Annual report of the Punjab Veterinary College and of the Civil Veterinary Department, Punjab - 1909-1919
Year: 1909
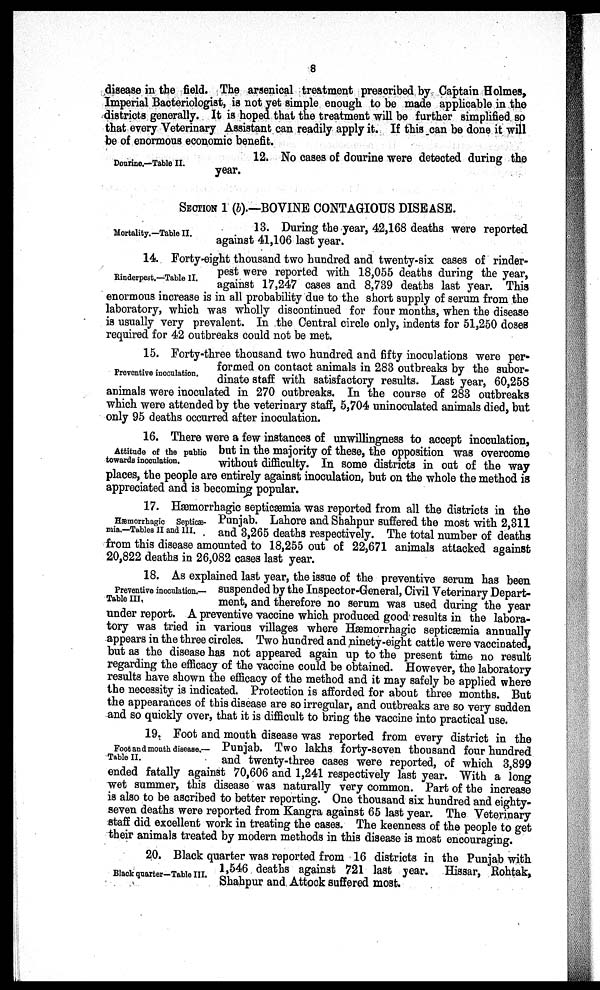
8
disease in the field. The arsenical treatment prescribed by Captain Holmes,
Imperial Bacteriologist, is not yet simple enough to be made applicable in the
districts generally. It is hoped that the treatment will be further simplified so
that every Veterinary Assistant can readily apply it. If this can be done it will
be of enormous economic benefit.
Dourine.—Table II.
12. No cases of dourine were detected during the
year.
SECTION 1 (b).—BOVINE CONTAGIOUS DISEASE.
Mortality.—Table II.
13. During the year, 42,168 deaths were reported
against 41,106 last year.
Rinderpest.—Table II.
14. Forty-eight thousand two hundred and twenty-six cases of rinder-
pest were reported with 18,055 deaths during the year,
against 17,247 cases and 8,739 deaths last year. This
enormous increase is in all probability due to the short supply of serum from the
laboratory, which was wholly discontinued for four months, when the disease
is usually very prevalent. In the Central circle only, indents for 51,250 doses
required for 42 outbreaks could not be met.
Preventive inoculation.
15. Forty-three thousand two hundred and fifty inoculations were per-
formed on contact animals in 283 outbreaks by the subor-
dinate staff with satisfactory results. Last year, 60,258
animals were inoculated in 270 outbreaks. In the course of 283 outbreaks
which were attended by the veterinary staff, 5,704 uninoculated animals died, but
only 95 deaths occurred after inoculation.
Attitude of the public
towards inoculation.
16. There were a few instances of unwillingness to accept inoculation,
but in the majority of these, the opposition was overcome
without difficulty. In some districts in out of the way
places, the people are entirely against inoculation, but on the whole the method is
appreciated and is becoming popular.
Hæmorrhagic Septicæ-
mia.— Tables II and III.
17. Hæmorrhagic septicæmia was reported from all the districts in the
Punjab. Lahore and Shahpur suffered the most with 2,311
and 3,265 deaths respectively. The total number of deaths
from this disease amounted to 18,255 out of 22,671 animals attacked against
20,822 deaths in 26,082 cases last year.
Preventive inoculation.—
Table III,
18. As explained last year, the issue of the preventive serum has been
suspended by the Inspector-General, Civil Veterinary Depart-
ment, and therefore no serum was used during the year
under report. A preventive vaccine which produced good results in the labora-
tory was tried in various villages where Hæmorrhagic septicaemia annually
appears in the three circles. Two hundred and ninety-eight cattle were vaccinated,
but as the disease has not appeared again up to the present time no result
regarding the efficacy of the vaccine could be obtained. However, the laboratory
results have shown the efficacy of the method and it may safely be applied where
the necessity is indicated. Protection is afforded for about three months. But
the appearances of this disease are so irregular, and outbreaks are so very sudden
and so quickly over, that it is difficult to bring the vaccine into practical use.
Foot and mouth disease.—
Table II.
19. Foot and mouth disease was reported from every district in the
Punjab. Two lakhs forty-seven thousand four hundred
and twenty-three cases were reported, of which 3,899
ended fatally against 70,606 and 1,241 respectively last year. With a long
wet summer, this disease was naturally very common. Part of the increase
is also to be ascribed to better reporting. One thousand six hundred and eighty-
seven deaths were reported from Kangra against 65 last year. The Veterinary
staff did excellent work in treating the cases. The keenness of the people to get
their animals treated by modern methods in this disease is most encouraging.
Black quarter—Table III.
20. Black quarter was reported from 16 districts in the Punjab with
1,546 deaths against 721 last year. Hissar, Rohtak,
Shahpur and Attock suffered most.